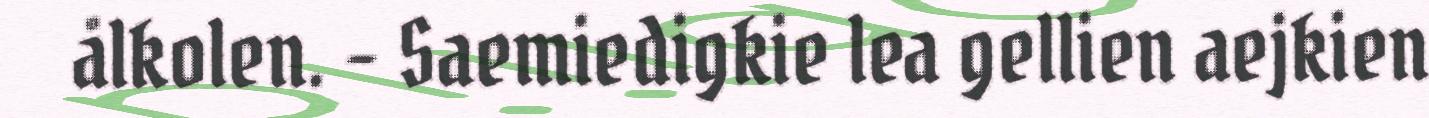
ålkolen. – Saemiedigkie lea gellien aejkien